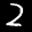
Label: 2